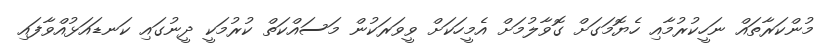
މުންކަރާތައް ނަހީކުރުމާއި ހެޔޮމަގަށް ގޮވާލުމަށް އެމީހަކަށް ވީވަރަކުން މަސައްކަތް ކުރުމަކީ ދީނުގައި ކަނޑައަޅުއްވާފައި